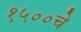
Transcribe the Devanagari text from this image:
१५००चे